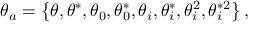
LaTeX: \theta _ { a } = \left\{ \theta , \theta ^ { \ast } , \theta _ { 0 } , \theta _ { 0 } ^ { \ast } , \theta _ { i } , \theta _ { i } ^ { \ast } , \theta _ { i } ^ { 2 } , \theta _ { i } ^ { \ast 2 } \right\} ,